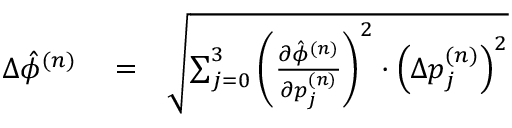
\begin{array} { r l r } { \Delta \hat { \phi } ^ { ( n ) } } & { { } = } & { \sqrt { \sum _ { j = 0 } ^ { 3 } \left( \frac { \partial \hat { \phi } ^ { ( n ) } } { \partial p _ { j } ^ { ( n ) } } \right) ^ { 2 } \cdot \left( \Delta p _ { j } ^ { ( n ) } \right) ^ { 2 } } } \end{array}